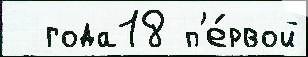
  года18 п'е́рвой